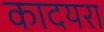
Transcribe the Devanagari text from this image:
कादयरा